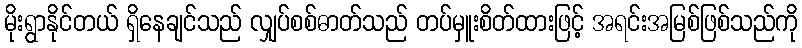
မိုးရွာနိုင်တယ် ရှိနေချင်သည် လျှပ်စစ်ဓာတ်သည် တပ်မှူးစိတ်ထားဖြင့် အရင်းအမြစ်ဖြစ်သည်ကို